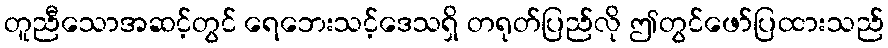
တူညီသောအဆင့်တွင် ရေဘေးသင့်ဒေသရှိ တရုတ်ပြည်လို ဤတွင်ဖော်ပြထားသည်